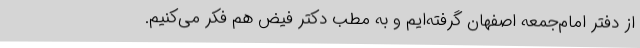
از دفتر امام‌جمعه اصفهان گرفته‌ایم و به مطب دکتر فیض هم فکر می‌کنیم.